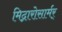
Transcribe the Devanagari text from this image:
मिद्गारोसार्मर्